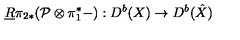
\underline { { R } } \pi _ { 2 * } ( { \cal P } \otimes \pi _ { 1 } ^ { * } - ) : D ^ { b } ( X ) \rightarrow D ^ { b } ( \hat { X } )